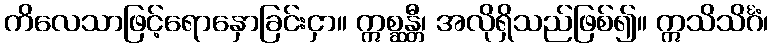
ကိလေသာဖြင့်ရောနှောခြင်းငှာ။ ဣစ္ဆန္တီ၊ အလိုရှိသည်ဖြစ်၍။ ဣသိသိင်္ဂံ၊